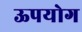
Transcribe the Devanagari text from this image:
ऊपयोग